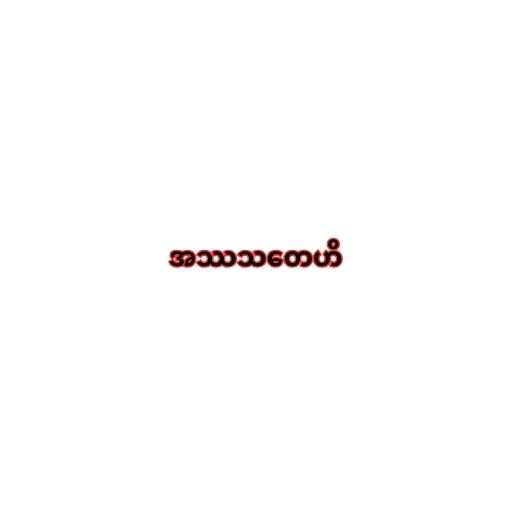
အဿသတေဟိ